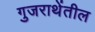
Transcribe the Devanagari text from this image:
गुजराथेंतील